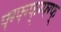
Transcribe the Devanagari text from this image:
फ्ग्फ्ग्फ्ग्फ्ग्फ्